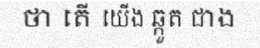
ថា តើ យើង ឆ្កួត ជាង